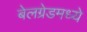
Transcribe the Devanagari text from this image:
बेलग्रेडमध्ये